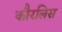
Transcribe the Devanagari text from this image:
कौरलिस